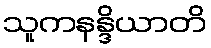
သူကနန္ဒိယာတိ